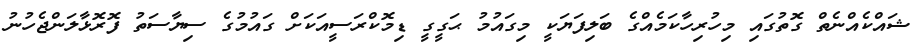
ޝައްކެއްނެތް ގޮތުގައި މިހުރިހާކަމެއްގެ ބަލިފަޔަކީ މިގައުމު ޙަގީގީ ޑިމޮކްރަސީއަކަށް ގައުމުގެ ސިޔާސަތު ފޮރޮޅާލަންޖެހުނު